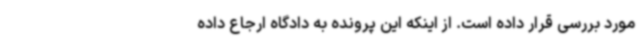
مورد بررسی قرار داده است. از اینکه این پرونده به دادگاه ارجاع داده